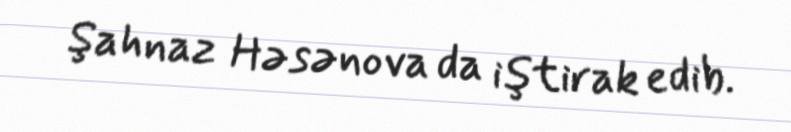
Şahnaz Həsənova da iştirak edib.